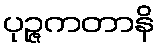
ပုဉ္ဇကတာနိ